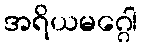
အရိယမဂ္ဂေါ